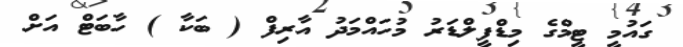
ގައުމީ ޓީމްގެ މިޑްފީލްޑަރު މުހައްމަދު އާރިފް ( ބަކާ ) ހާބަޓް އަށް